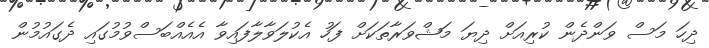
ދިހަ މަސް ވަންދެން ކުރިއަށް ދިޔަ މަޝްވަރާތަކަށް ފަހު އެކުލަވާލާފައިވާ އެއެއްބަސްވުމުގައި ދެގައުމުން